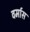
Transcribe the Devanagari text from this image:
वर्मास